Sexual cycle of Leucocytozoon canis in the tick - Number 28
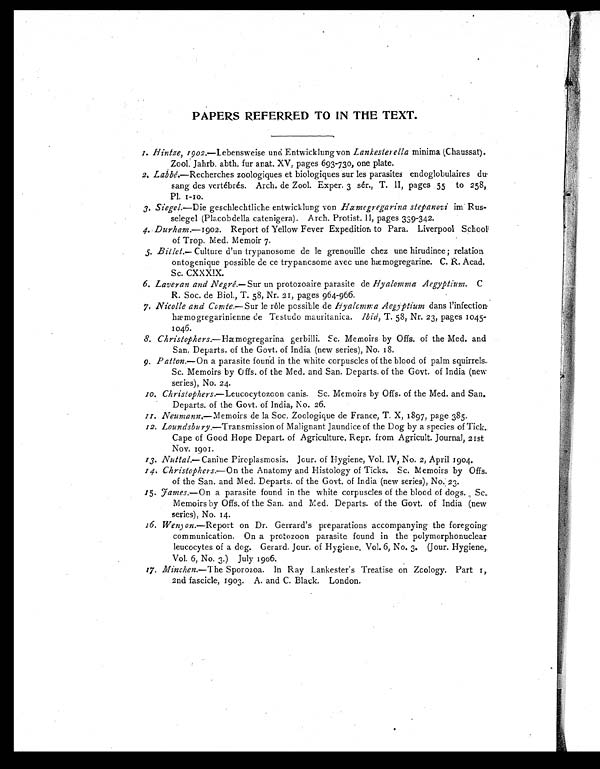
PAPERS REFERRED TO IN THE TEXT.
1 . H i n t z e ,
1 9 0 2 . — L e b e n s w e i s e u n d E n t w i c k l u n g v o nL
a n k e s t e r e l l a
m i n i m a ( C h a u s s a t ) .
Zool. Jahrb. abth. fur anat. XV, pages 693-730, one plate.
2, Labbé.—Recherches zoologiques et biologiques sur les parasites endoglobulaires du-
sang des vertébrés. Arch. de Zool. Exper. 3 sér., T. II, pages 55 to 258,
Pl. 1-10.
3. Siegel.—Die geschlechtliche entwicklung von Hæmogregarina stepanovi im Rus-
selegel (Placobdella catenigera). Arch. Protist. II, pages 339-342.
4. Durham.—1902. Report of Yellow Fever Expedition to Para. Liverpool School
of Trop. Med. Memoir 7.
5 . B i l l e t . —
C u l t u r e d ' u n t r y p a n o s o m e d e l e g r e n o u i l l e c h e z u n e h i r u d i n e e ; r e l a t i o n
ontogenique possible de ce trypanosome avec une hæmogregarine. C. R. Acad.
Sc. CXXXIX.
6. Laveran and Negré.—Sur un protozoaire parasite de Hyalomma Aegyptium. C
R. Soc. de Biol., T. 58, Nr. 21, pages 964-966.
7. Nicolle and Comte.— Sur le rôle possible de Hyalomma Aegyptium dans l'infection
hæmogregarinienne de Testudo mauritanica. lbid, T. 58, Nr. 23, pages 1045-
1046.
8. Christophers.—Hæmogregarina gerbilli. Sc. Memoirs by Offs. of the Med. and
San. Departs. of the Govt. of India (new series), No. 18.
9. .Patton.— On a parasite found in the white corpuscles of the blood of palm squirrels.
Sc. Memoirs by Offs. of the Med. and San. Departs. of the Govt. of India (new
series), No. 24.
1 0 .
C h r i s t o p h e r s . — L e u c o c y t o z o o n c a n i s . S c . M e m o i r s b y O f f s . o f t h e M e d . a n d S a n .
Departs. of the Govt. of India, No. 26.
11. Neumann.—Memoirs de la Soc. Zoologique de France, T. X, 1897, page 385.
12. Loundsbury.—Transmission of Malignant Jaundice of the Dog by a species of Tick..
Cape of Good Hope Depart. of Agriculture. Repr. from Agricult. Journal, 21st
Nov. 1901.
13. Nuttal.— Canine Piroplasmosis. Jour. of Hygiene, Vol. IV, No. 2, April 1904.
14. Christophers.— On the Anatomy and Histology of Ticks. Sc. Memoirs by Offs.
of the San. and Med. Departs. of the Govt. of India (new series), No. 23.
15.
J a m e s . —
O n
a p a r a s i t e f o u n d i n t h e w h i t e c o r p u s c l e s o f t h e b l o o d o f d o g s . S c .
Memoirs by Offs. of the San. and Med. Departs. of the Govt. of India (new
series), No. 14.
16. Wenyon.—Report on Dr. Gerrard's preparations accompanying the foregoing
communication. On a protozoon parasite found in the polymorphonuclear
leucocytes of a dog. Gerard. Jour. of Hygiene, Vol. 6, No. 3. (Jour. Hygiene,
Vol. 6, No. 3.) July 1906.
17. Minchen.— The Sporozoa. In Ray Lankester's Treatise on Zoology. Part 1,
2nd fascicle, 1903. A. and C. Black. London.